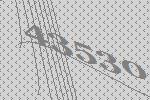
43530